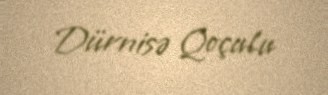
Dürnisə Qoçulu